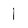
Character: l